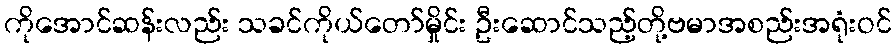
ကိုအောင်ဆန်းလည်း သခင်ကိုယ်တော်မှိုင်း ဦးဆောင်သည့်တို့ဗမာအစည်းအရုံးဝင်